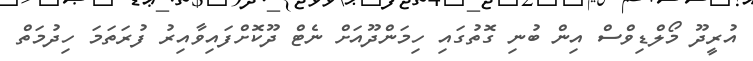
އުރީދޫ މޯލްޑިވްސް އިން ބުނި ގޮތުގައި ހިމަންދޫއަށް ނެޓް ދޫކޮށްފައިވާއިރު ފުރަތަމަ ހިދުމަތް